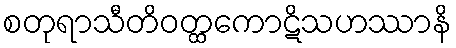
စတုရာသီတိဝတ္ထကောဋိသဟဿာနိ